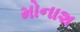
મોનાશ